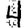
Digit: 4